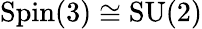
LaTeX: \mathrm{Spin}(3)\cong\mathrm{SU}(2)